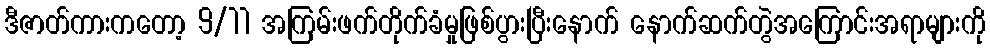
ဒီဇာတ်ကားကတော့ 9/11 အကြမ်းဖက်တိုက်ခံမှုဖြစ်ပွားပြီးနောက် နောက်ဆက်တွဲအကြောင်းအရာများကို